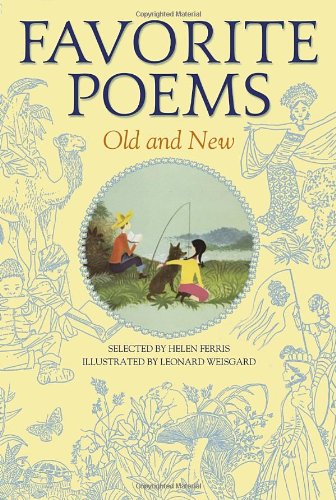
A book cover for Favorite Poems Old and New: Selected For Boys and Girls; Children's Books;